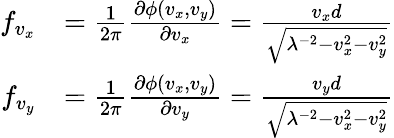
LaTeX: \begin{array}{rl}{f_{v_{x}}}&{=\frac{1}{2\pi}\frac{\partial\phi(v_{x},v_{y})}{\partial v_{x}}=\frac{v_{x}d}{\sqrt{\lambda^{-2}-v_{x}^{2}-v_{y}^{2}}}}\\ {f_{v_{y}}}&{=\frac{1}{2\pi}\frac{\partial\phi(v_{x},v_{y})}{\partial v_{y}}=\frac{v_{y}d}{\sqrt{\lambda^{-2}-v_{x}^{2}-v_{y}^{2}}}}\end{array}